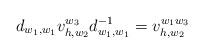
LaTeX: \begin{align*}d_{w_1,w_1}v_{h,w_2}^{w_3}d_{w_1,w_1}^{-1}=v_{h,w_2}^{w_1w_3}\end{align*}